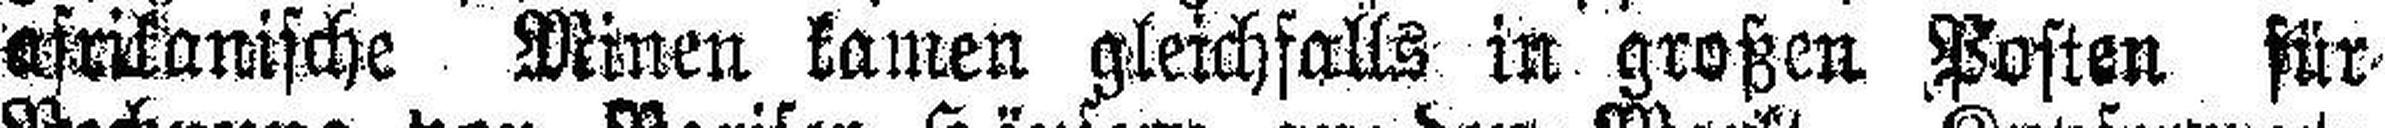
asrikanische Minen kamen gleichfalls in großen Posten für